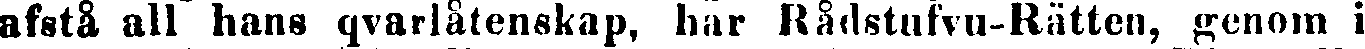
afstå all hans qvarlåtenskap, har Rådstufvu-Rätten, genom i